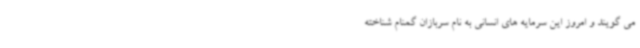
می گویند و امروز این سرمایه های انسانی به نام سربازان گمنام شناخته